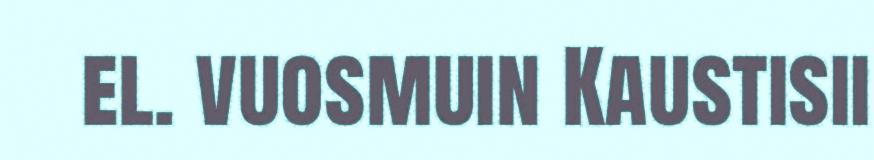
el. vuosmuin Kaustisii